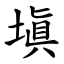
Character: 塡